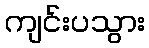
ကျင်းပသွား